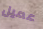
عميل